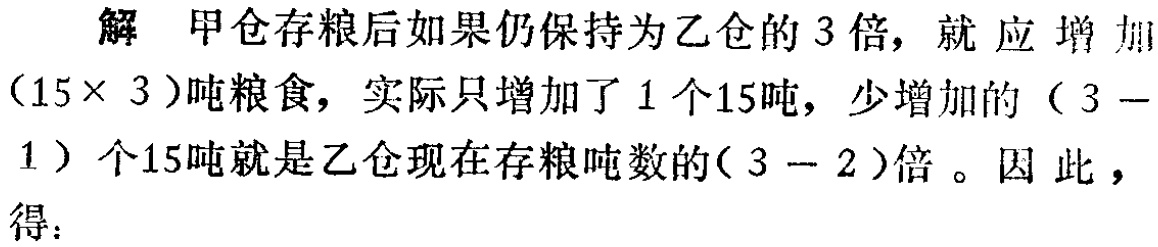
解 甲仓存粮后如果仍保持为乙仓的 3 倍，就应增加$(15\times 3)$吨粮食，实际只增加了 1 个15吨，少增加的$(3 - 1)$个15吨就是乙仓现在存粮吨数的$(3 - 2)$倍 。因 此 ，得：